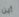
أين